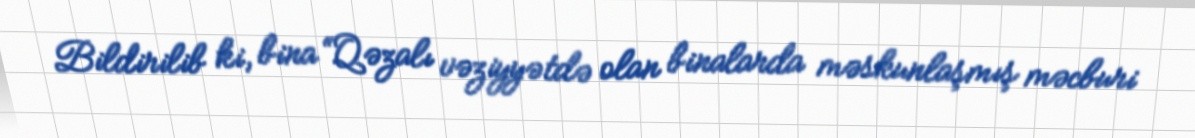
Bildirilib ki, bina “Qəzalı vəziyyətdə olan binalarda məskunlaşmış məcburi